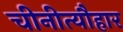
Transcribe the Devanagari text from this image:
चीनीत्यौहार